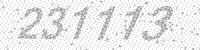
Solution: 231113